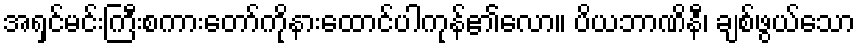
အရှင်မင်းကြီးစကားတော်ကိုနားထောင်ပါကုန်၏လော။ ပိယဘာဏိနီ၊ ချစ်ဖွယ်သော